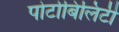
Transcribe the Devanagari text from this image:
पोर्टाबिलिटी